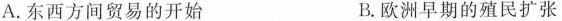
A.东西方间贸易的开始 B.欧洲早期的殖民扩张